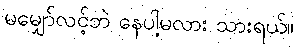
မမျှော်လင့်ဘဲ နေပါ့မလား သားရယ်။